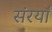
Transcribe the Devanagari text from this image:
संरयाँ